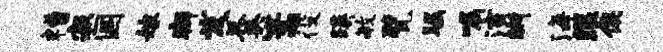
糟寂国嫁癖发羹篙役蹊毓甓瞩嘱演晰海眼俟